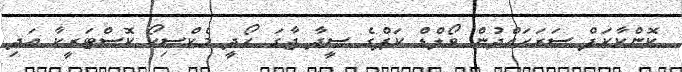
ކޮންކާކަފް ސަރަޙައްދުން ވޯލްޑް ކަޕްގެ ސީދާ ޖާގަ ހޯދީ މެކްސިކޯ ކޮސްޓަރީކާ އަދި